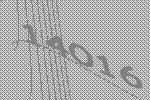
14016